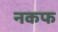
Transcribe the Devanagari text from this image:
नकफ